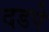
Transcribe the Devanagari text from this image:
दडपे